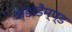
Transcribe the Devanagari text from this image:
अंडरडैम्प्ड